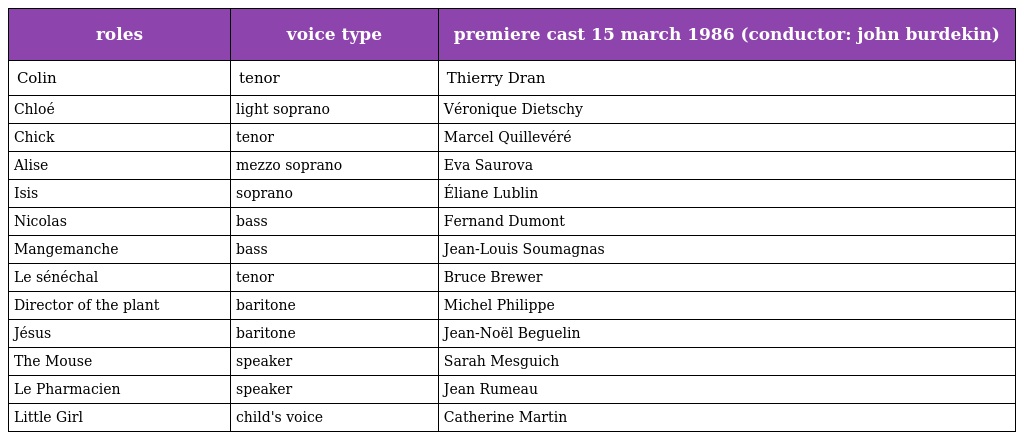
| roles | voice type | premiere cast 15 march 1986 (conductor: john burdekin) |
 | --- | --- | --- |
 | Colin | tenor | Thierry Dran |
 | Chloé | light soprano | Véronique Dietschy |
 | Chick | tenor | Marcel Quillevéré |
 | Alise | mezzo soprano | Eva Saurova |
 | Isis | soprano | Éliane Lublin |
 | Nicolas | bass | Fernand Dumont |
 | Mangemanche | bass | Jean-Louis Soumagnas |
 | Le sénéchal | tenor | Bruce Brewer |
 | Director of the plant | baritone | Michel Philippe |
 | Jésus | baritone | Jean-Noël Beguelin |
 | The Mouse | speaker | Sarah Mesguich |
 | Le Pharmacien | speaker | Jean Rumeau |
 | Little Girl | child's voice | Catherine Martin |